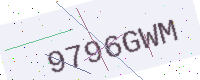
Text: 9796GWM